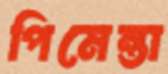
পিমেন্তা